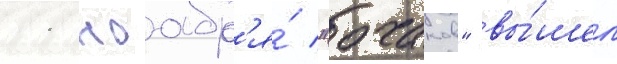
11 ноабр'я́ "очаков" вы́шел